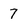
Character: 7